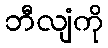
ဘီလျံကို